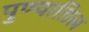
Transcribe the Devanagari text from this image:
पुण्यातिल